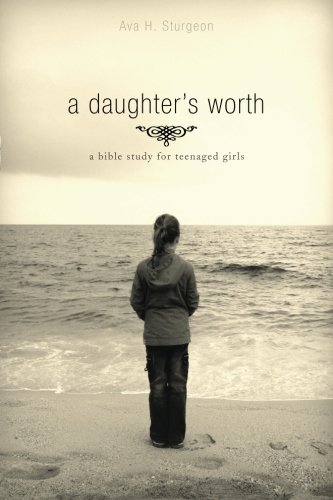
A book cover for A Daughter's Worth: A Bible Study for Teenaged Girls; Ava Sturgeon; Christian Books & Bibles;